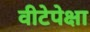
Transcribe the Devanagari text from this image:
वीटेपेक्षा